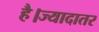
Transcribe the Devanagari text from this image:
है।ज्यादातर